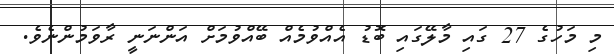
މި މަހުގެ 27 ގައި މާލޭގައި ބޮޑު އެއްވުމެއް ބޭއްވުމަށް އަންނަނީ ރާވަމުންނެވެ.